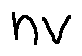
n v